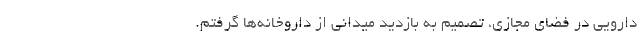
دارویی در فضای مجازی، تصمیم به بازدید میدانی از داروخانه‌ها گرفتم.